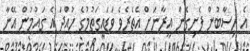
އެ ހިސާބުން ފެށިގެން އީރާނަށް އެތެރެވެ ވަޑައިގަތުމުގެ ހުއްދަ އެ ގައުމުން އޭނާ